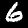
Label: 6